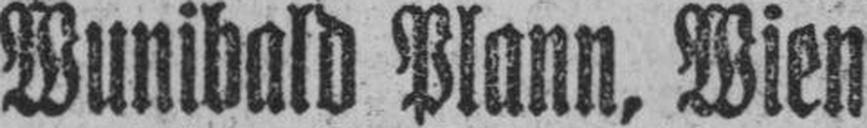
Wunibald Plann, Wien